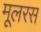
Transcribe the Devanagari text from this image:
मूलरस